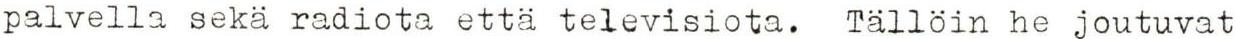
palvella seka radiota että televisiota. Tällöin he joutuvat